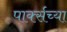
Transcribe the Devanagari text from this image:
पार्क्सच्या